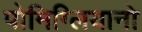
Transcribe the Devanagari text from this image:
पोमिग्लियानो